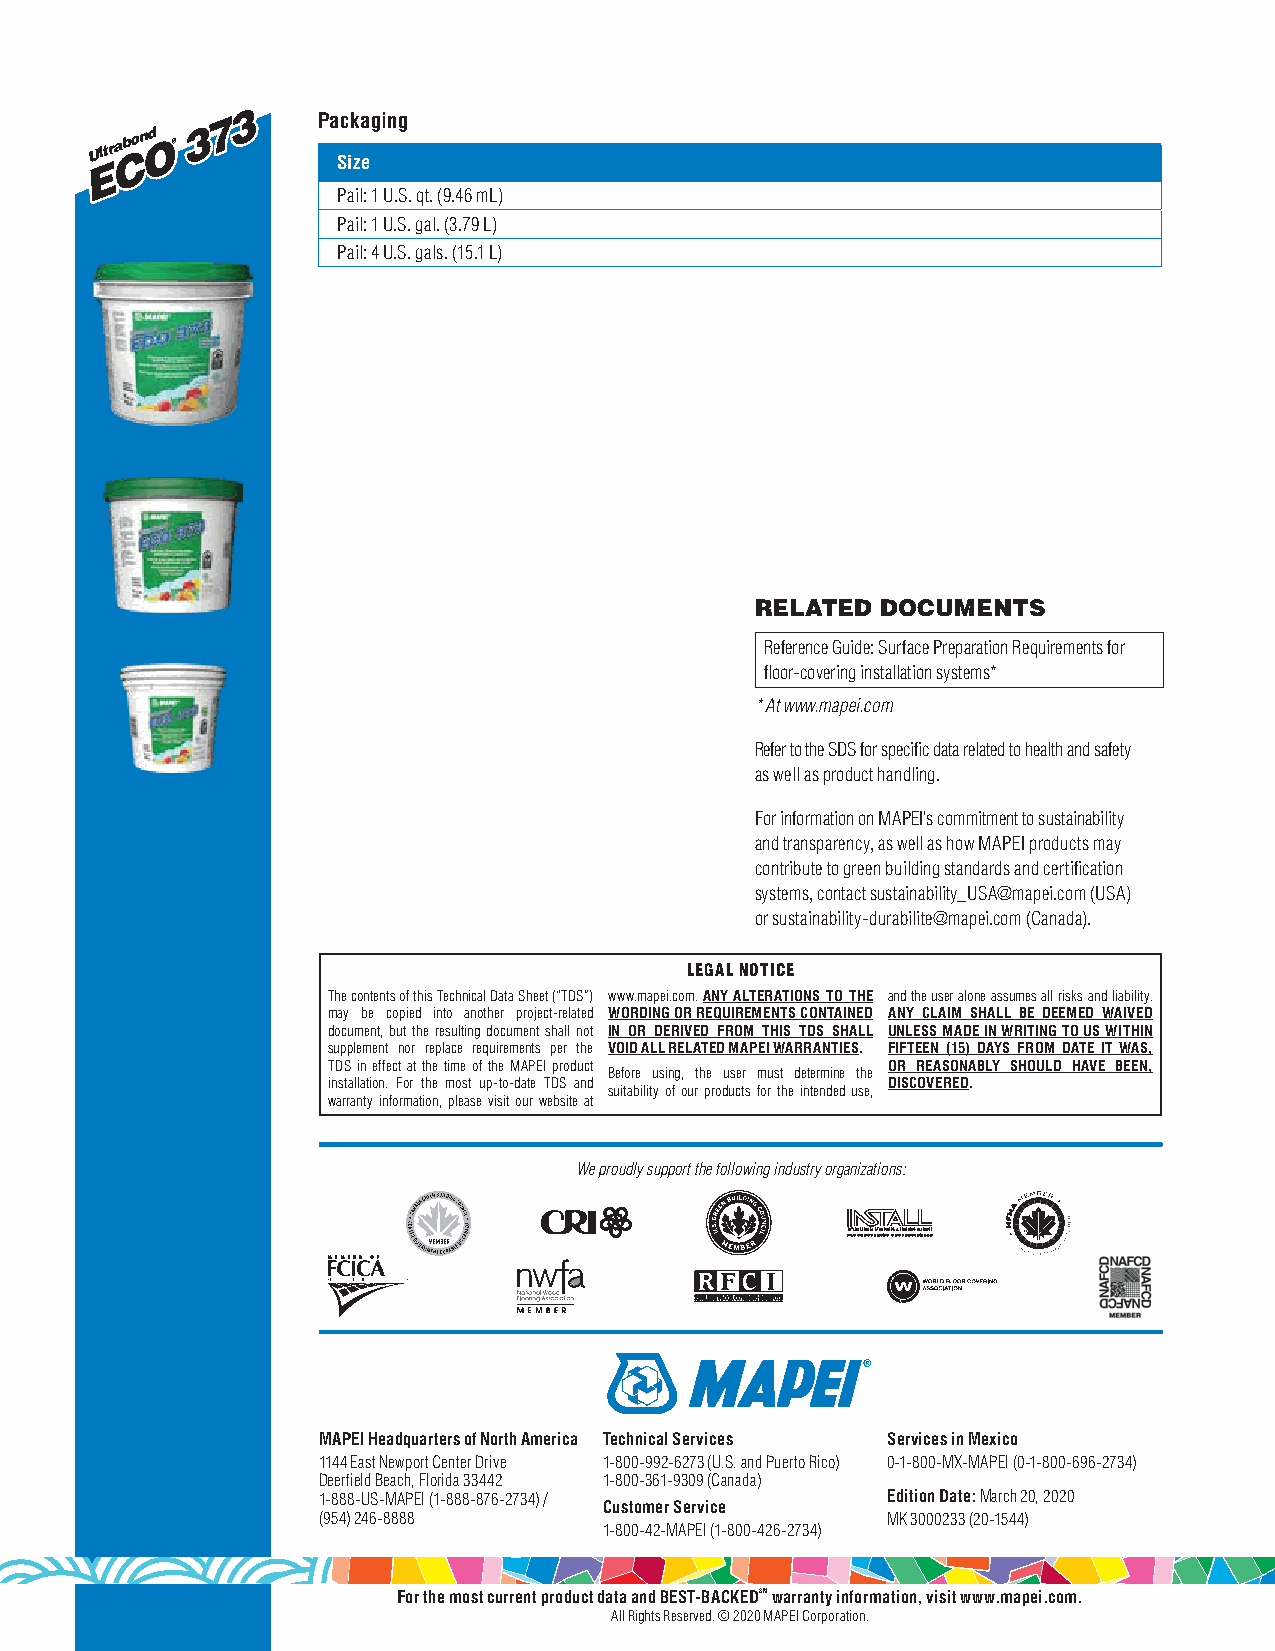
777333 Packaging
 UUUllltttrrraaa
 CCCbbbooonnn OOOddd
 ®®®
 333
 Size
 EEE
 Pail: 1 U.S. qt. (9.46 mL)
 Pail: 1 U.S. gal. (3.79 L)
 Pail: 4 U.S. gals. (15.1 L)
 RELATED DOCUMENTS
 Reference Guide: Surface Preparation Requirements for
 floor-covering installation systems*
 * At www.mapei.com
 Refer to the SDS for specific data related to health and safety
 as well as product handling.
 For information on MAPEI’s commitment to sustainability
 and transparency, as well as how MAPEI products may
 contribute to green building standards and certification
 systems, contact sustainability_USA@mapei.com (USA)
 or sustainability-durabilite@mapei.com (Canada).
 LEGAL NOTICE
 The contents of this Technical Data Sheet (“TDS”) www.mapei.com. ANY ALTERATIONS TO THE and the user alone assumes all risks and liability.
 may be copied into another project-related WORDING OR REQUIREMENTS CONTAINED ANY CLAIM SHALL BE DEEMED WAIVED
 document, but the resulting document shall not IN OR DERIVED FROM THIS TDS SHALL UNLESS MADE IN WRITING TO US WITHIN
 supplement nor replace requirements per the VOID ALL RELATED MAPEI WARRANTIES. FIFTEEN (15) DAYS FROM DATE IT WAS,
 TDS in effect at the time of the MAPEI product OR REASONABLY SHOULD HAVE BEEN,
 Before using, the user must determine the
 installation. For the most up-to-date TDS and DISCOVERED.
 suitability of our products for the intended use,
 warranty information, please visit our website at
 We proudly support the following industry organizations:
 MAPEI Headquarters of North America Technical Services Services in Mexico
 1144 East Newport Center Drive 1-800-992-6273 (U.S. and Puerto Rico) 0-1-800-MX-MAPEI (0-1-800-696-2734)
 Deerfield Beach, Florida 33442 1-800-361-9309 (Canada)
 1-888-US-MAPEI (1-888-876-2734) /     Edition Date: March 20, 2020
 Customer Service
 (954) 246-8888                        MK 3000233 (20-1544)
 1-800-42-MAPEI (1-800-426-2734)
 For the most current product data and BEST-BACKEDSM warranty information, visit www.mapei.com.
 All Rights Reserved. © 2020 MAPEI Corporation.